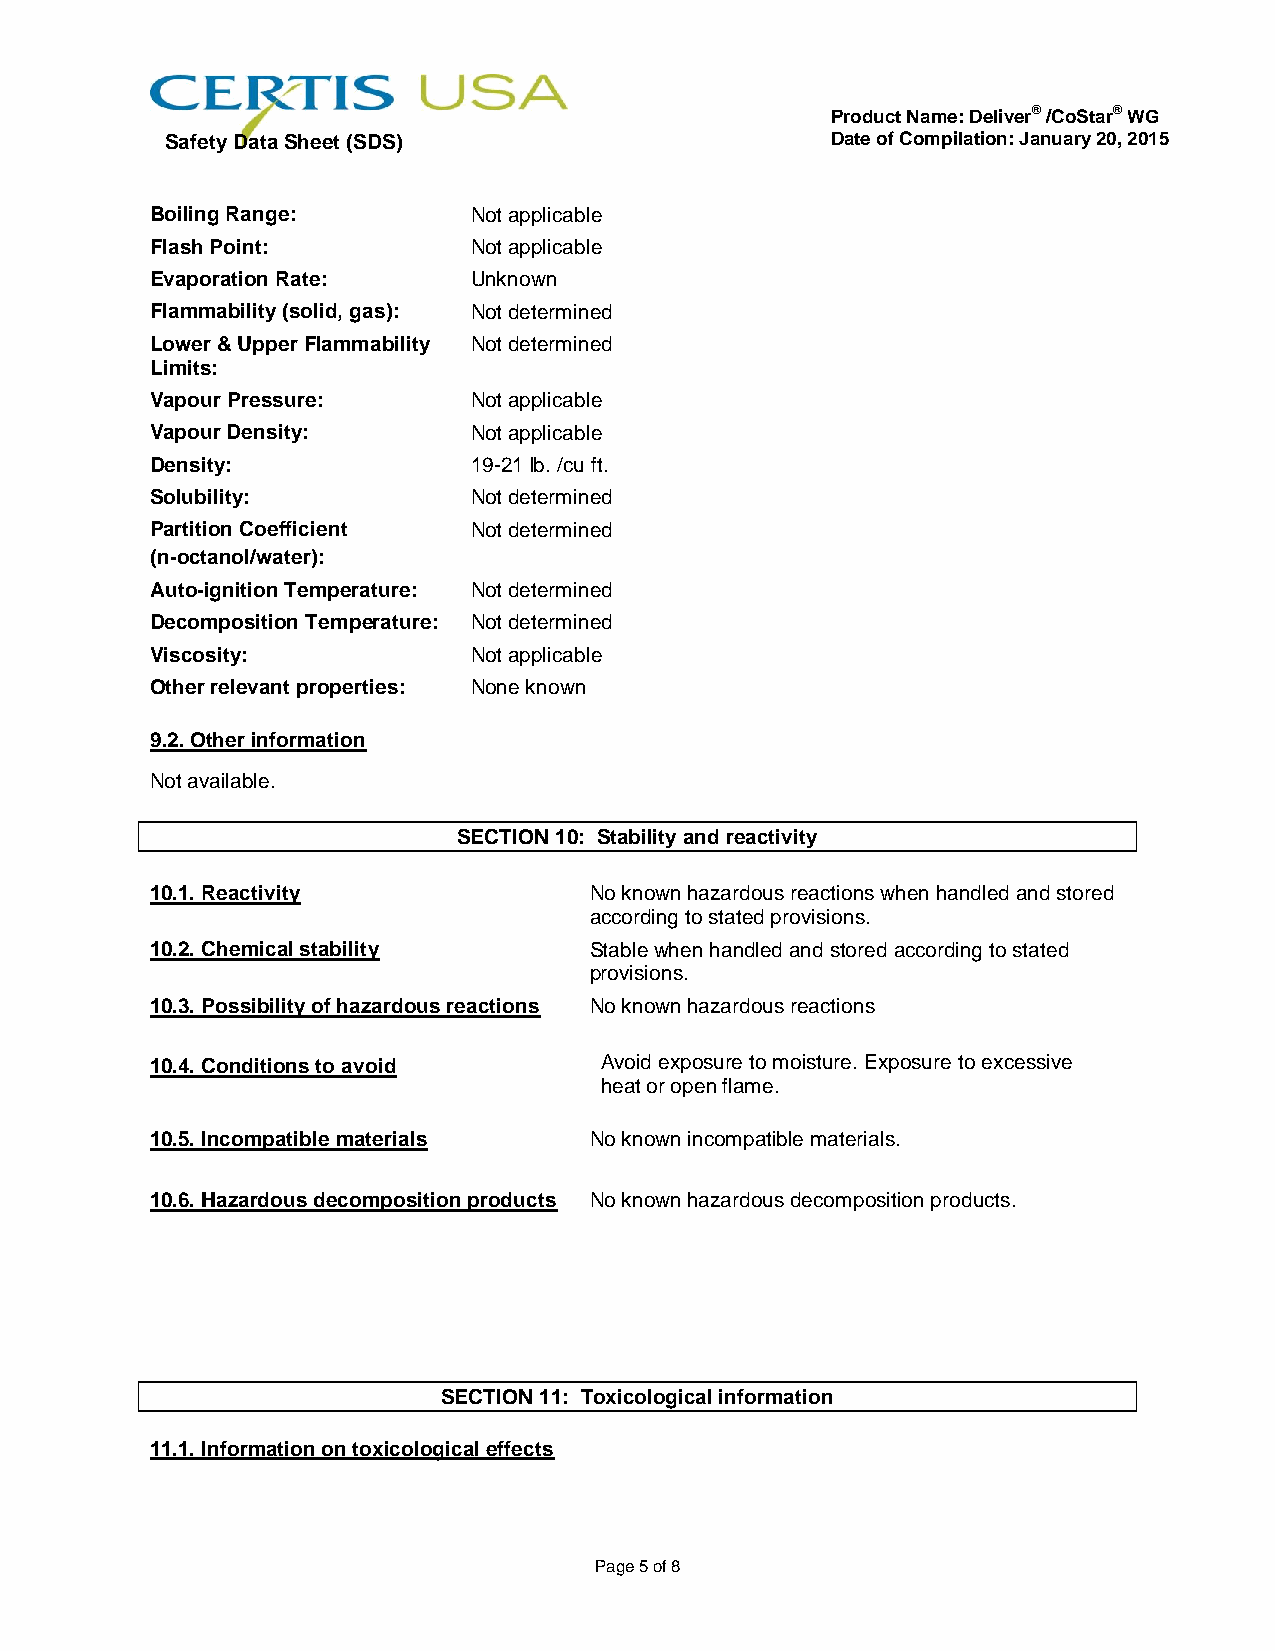
Product Name: Deliver® /CoStar® WG
 Safety Data Sheet (SDS)                     Date of Compilation: January 20, 2015
 Boiling Range:       Not applicable
 Flash Point:         Not applicable
 Evaporation Rate:    Unknown
 Flammability (solid, gas): Not determined
 Lower & Upper Flammability Not determined
 Limits:
 Vapour Pressure:     Not applicable
 Vapour Density:      Not applicable
 Density:             19-21 lb. /cu ft.
 Solubility:          Not determined
 Partition Coefficient Not determined
 (n-octanol/water):
 Auto-ignition Temperature: Not determined
 Decomposition Temperature: Not determined
 Viscosity:           Not applicable
 Other relevant properties: None known
 9.2. Other information
 Not available.
 SECTION 10: Stability and reactivity
 10.1. Reactivity             No known hazardous reactions when handled and stored
 according to stated provisions.
 10.2. Chemical stability     Stable when handled and stored according to stated
 provisions.
 10.3. Possibility of hazardous reactions No known hazardous reactions
 10.4. Conditions to avoid     Avoid exposure to moisture. Exposure to excessive
 heat or open flame.
 10.5. Incompatible materials No known incompatible materials.
 10.6. Hazardous decomposition products No known hazardous decomposition products.
 SECTION 11: Toxicological information
 11.1. Information on toxicological effects
 Page 5 of 8